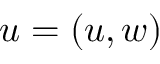
\boldsymbol { u } = ( u , w )